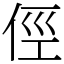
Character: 俓